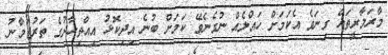
މާރަމާރީތައް ގިނަވެ އެކަމަށް ހައްލެއް ނުގެނެވޭ ކަމަށް ބުނެ އިދިކޮޅު އިއްތިހާދުގެ ތަރުޖަމާނު